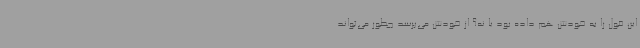
این قول را به خودش هم داده بود یا نه؟ از خودش می‌پرسد چطور می‌تواند